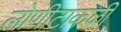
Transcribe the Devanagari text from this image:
लोणीटाकळी